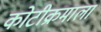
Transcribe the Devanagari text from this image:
कोटीक्रमाला